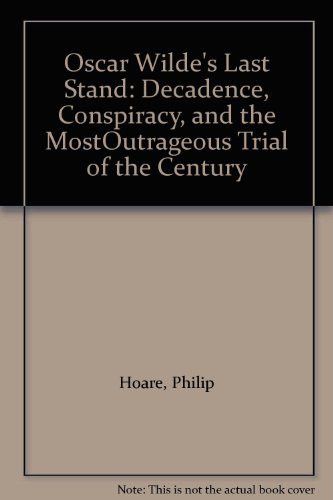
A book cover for Oscar Wilde's Last Stand: Decadence, Conspiracy, and the MostOutrageous Trial of the Century; Philip Hoare; Law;